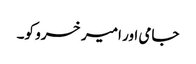
جامی اور امیر خسرو کو۔